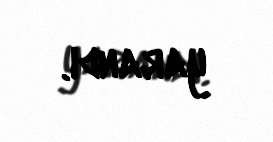
yarandı.